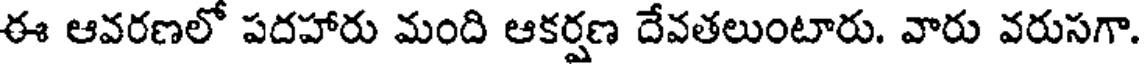
ఈ ఆవరణలో పదహారు మంది ఆకర్షణ దేవతలుంటారు. వారు వరుసగా.